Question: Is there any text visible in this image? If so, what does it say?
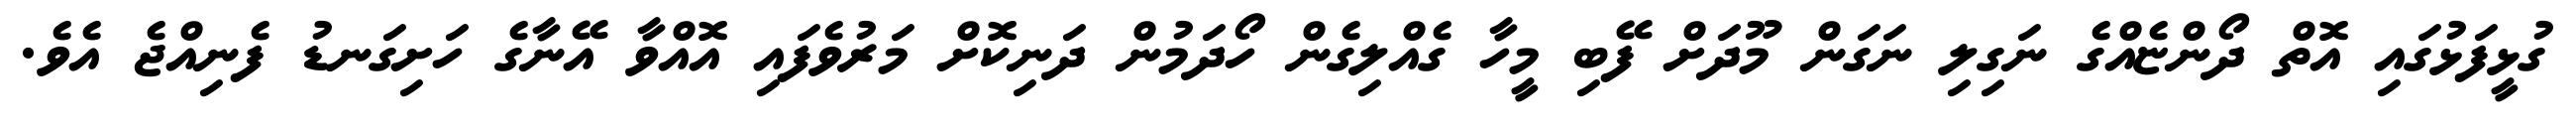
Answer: ގުޅީފަޅުގައި އޮތް ދޯންޏެއްގެ ނަގިލި ނަގަން މޫދަށް ފޭބި މީހާ ގެއްލިގެން ހޯދަމުން ދަނިކޮށް މަރުވެފައި އޮއްވާ އޭނާގެ ހަށިގަނޑު ފެނިއްޖެ އެވެ.